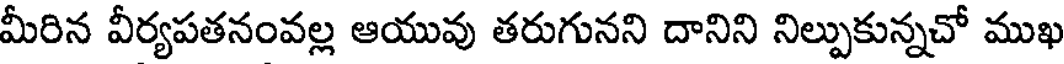
మీరిన వీర్యపతనంవల్ల ఆయువు తరుగునని దానిని నిల్పుకున్నచో ముఖ